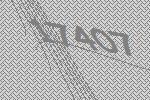
17407